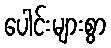
ပေါင်းများစွာ